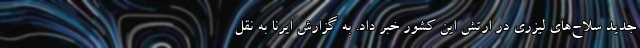
جدید سلاح‌های لیزری در ارتش این کشور خبر داد. به گزارش ایرنا به نقل